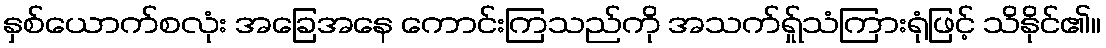
နှစ်ယောက်စလုံး အခြေအနေ ကောင်းကြသည်ကို အသက်ရ်ှုသံကြားရုံဖြင့် သိနိုင်၏။